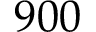
9 0 0